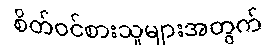
စိတ်ဝင်စားသူများအတွက်